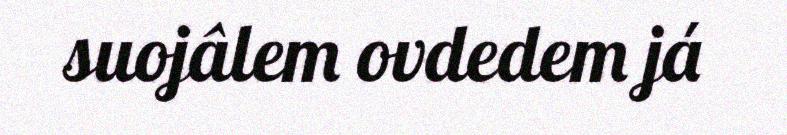
suojâlem ovdedem já